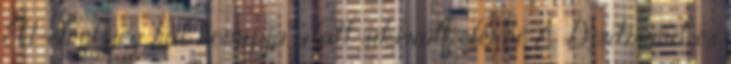
EU-elnökség hat hónapja alatt sikerült elérni. A Dortmund és